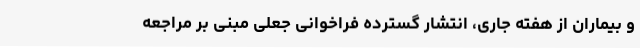
و بیماران از هفته جاری، انتشار گسترده فراخوانی جعلی مبنی بر مراجعه